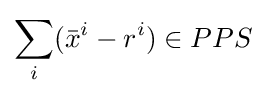
\sum _{i}({\bar {x}}^{i}-r^{i})\in PPS